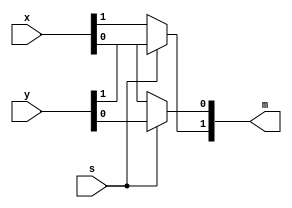
`timescale 1ns / 1ps
//////////////////////////////////////////////////////////////////////////////////
// Student: Tawseef Patel 101145333 & Saad Babur 101123210
// 
// Design Name: lab1_3_1.v 
// Module Name: lab1_3_1
// Project Name: Lab 1_3
//////////////////////////////////////////////////////////////////////////////////


module lab_1_3_1(
    input wire [1:0] x,
    input wire [1:0] y,
    input s,
    output reg [1:0] m
    );
    
    always @(*)
    begin
       if(s == 0) begin
            m[0] = x[0];
            m[1] = x[1];  
       end
       else begin
            m[0] = y[0];
            m[1] = y[1];
        end
    end
endmodule